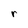
Character: r